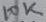
Text: 10K